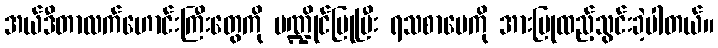
အယ်ဒီတာလက်ဟောင်းကြီးတွေကို မဏ္ဍိုင်ပြုပြီး ရသစာပေကို အားပြုထည့်သွင်းခဲ့ပါတယ်။